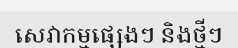
សេវាកម្មផ្សេងៗ និងថ្មីៗ